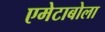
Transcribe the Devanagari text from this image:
एमेटाबोला